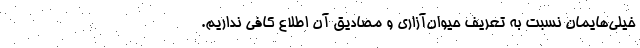
خیلی‌هایمان نسبت به تعریف حیوان‌آزاری و مصادیق آن اطلاع کافی نداریم.